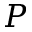
P